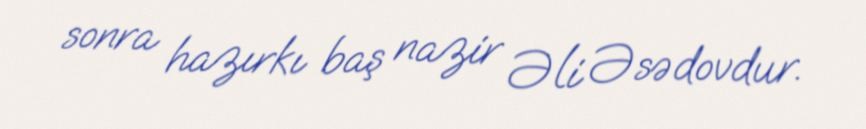
sonra hazırkı baş nazir Əli Əsədovdur.